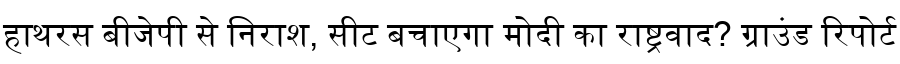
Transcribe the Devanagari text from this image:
हाथरस बीजेपी से निराश, सीट बचाएगा मोदी का राष्ट्रवाद? ग्राउंड रिपोर्ट